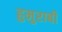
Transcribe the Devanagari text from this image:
हुमुराबी